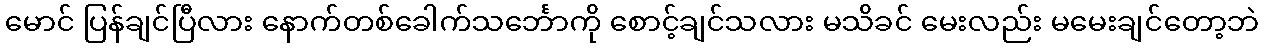
မောင် ပြန်ချင်ပြီလား နောက်တစ်ခေါက်သင်္ဘောကို စောင့်ချင်သလား မသိခင် မေးလည်း မမေးချင်တော့ဘဲ